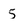
Character: 5